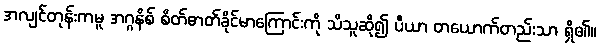
အလျင်တုန်းကမူ အဂ္ဂနိစ် စိတ်ဓာတ်ခိုင်မာကြောင်းကို သိသူဆို၍ ပီယာ တယောက်တည်းသာ ရှိ၏။